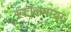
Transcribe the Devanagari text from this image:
स्टॉलमायर